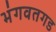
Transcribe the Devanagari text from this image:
भंगवतगड